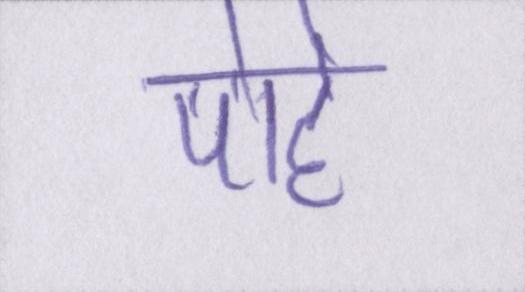
पोहे